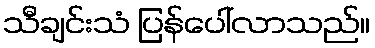
သီချင်းသံ ပြန်ပေါ်လာသည်။